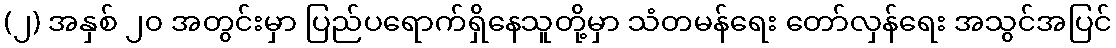
(၂) အနှစ် ၂၀ အတွင်းမှာ ပြည်ပရောက်ရှိနေသူတို့မှာ သံတမန်ရေး တော်လှန်ရေး အသွင်အပြင်